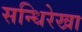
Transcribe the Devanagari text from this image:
सन्धिरेखा